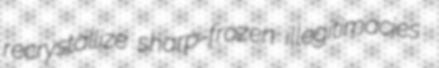
recrystallize sharp-frozen illegitimacies